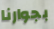
بجوارنا